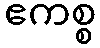
ဧကစ္စ